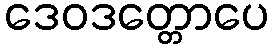
ဒေဝဒတ္တောပေ